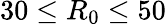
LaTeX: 30\le{R_{0}}\le 50